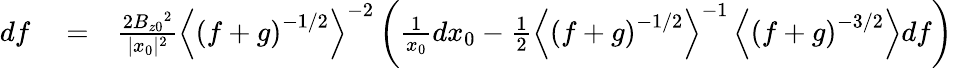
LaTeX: \begin{array}{rlr}{df}&{{}=}&{\frac{2B_{z0}{}^{2}}{|x_{0}|^{2}}\left\langle\left(f+g\right)^{-1/2}\right\rangle^{-2}\left(\frac{1}{x_{0}}dx_{0}-\frac{1}{2}\left\langle\left(f+g\right)^{-1/2}\right\rangle^{-1}\left\langle\left(f+g\right)^{-3/2}\right\rangle df\right)}\end{array}